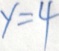
y = 4